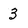
Character: 3